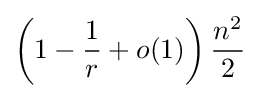
\left(1-{\frac {1}{r}}+o(1)\right){\frac {n^{2}}{2}}